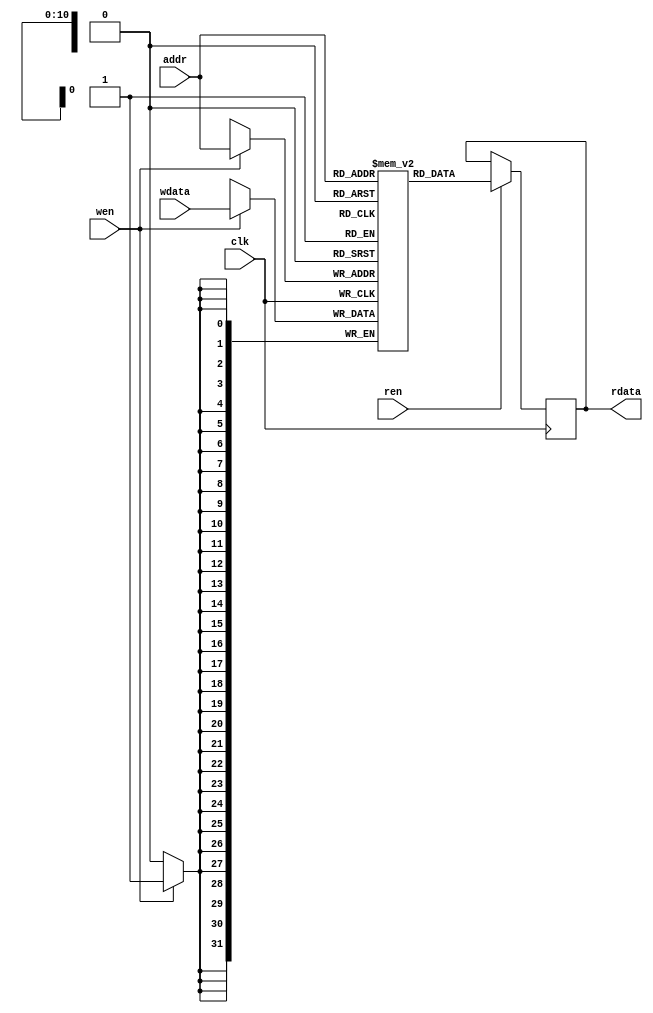
/**********************************************************************
 * DO WHAT THE FUCK YOU WANT TO AND DON'T BLAME US PUBLIC LICENSE     *
 *                    Version 3, April 2008                           *
 *                                                                    *
 * Copyright (C) 2018 Luke Wren                                       *
 *                                                                    *
 * Everyone is permitted to copy and distribute verbatim or modified  *
 * copies of this license document and accompanying software, and     *
 * changing either is allowed.                                        *
 *                                                                    *
 *   TERMS AND CONDITIONS FOR COPYING, DISTRIBUTION AND MODIFICATION  *
 *                                                                    *
 * 0. You just DO WHAT THE FUCK YOU WANT TO.                          *
 * 1. We're NOT RESPONSIBLE WHEN IT DOESN'T FUCKING WORK.             *
 *                                                                    *
 *********************************************************************/

// Generate a (hopefully inference-compatible) memory with synchronous
// read/write, and optional per-byte write enable

module sram_sync #(
	parameter WIDTH = 32,
	parameter DEPTH = 1 << 11,
	parameter BYTE_ENABLE = 0,
	parameter PRELOAD_FILE = "",
	parameter ADDR_WIDTH = $clog2(DEPTH) // Let this default
) (
	input wire                                     clk,
	input wire [(BYTE_ENABLE ? WIDTH / 8 : 1)-1:0] wen,
	input wire                                     ren,
	input wire [ADDR_WIDTH-1:0]                    addr,
	input wire [WIDTH-1:0]                         wdata,
	output reg [WIDTH-1:0]                         rdata
);

`ifdef FPGA_ICE40
localparam FPGA_ICE40_DEFINED = 1;
`else
localparam FPGA_ICE40_DEFINED = 0;
`endif

`ifdef SIM
localparam SIM_DEFINED = 1;
`else
localparam SIM_DEFINED = 0;
`endif

generate
if (FPGA_ICE40_DEFINED && WIDTH == 32 && DEPTH == 1 << 15) begin: up5k_spram
// Special case: use all SPRAMs on UP5k

wire [31:0] rdata0;
wire [31:0] rdata1;

SB_SPRAM256KA ram00 (
	.ADDRESS    (addr[13:0]),
	.DATAIN     (wdata[15:0]),
	.MASKWREN   ({wen[1], wen[1], wen[0], wen[0]}),
	.WREN       (wen[1] || wen[0]),
	.CHIPSELECT ((wen[1] || wen[0] || ren) && !addr[14]),
	.CLOCK      (clk),
	.STANDBY    (1'b0),
	.SLEEP      (1'b0),
	.POWEROFF   (1'b1),
	.DATAOUT    (rdata0[15:0])
);

SB_SPRAM256KA ram01 (
	.ADDRESS    (addr[13:0]),
	.DATAIN     (wdata[31:16]),
	.MASKWREN   ({wen[3], wen[3], wen[2], wen[2]}),
	.WREN       (wen[3] || wen[2]),
	.CHIPSELECT ((wen[3] || wen[2] || ren) && !addr[14]),
	.CLOCK      (clk),
	.STANDBY    (1'b0),
	.SLEEP      (1'b0),
	.POWEROFF   (1'b1),
	.DATAOUT    (rdata0[31:16])
);

SB_SPRAM256KA ram10 (
	.ADDRESS    (addr[13:0]),
	.DATAIN     (wdata[15:0]),
	.MASKWREN   ({wen[1], wen[1], wen[0], wen[0]}),
	.WREN       (wen[1] || wen[0]),
	.CHIPSELECT ((wen[1] || wen[0] || ren) && addr[14]),
	.CLOCK      (clk),
	.STANDBY    (1'b0),
	.SLEEP      (1'b0),
	.POWEROFF   (1'b1),
	.DATAOUT    (rdata1[15:0])
);

SB_SPRAM256KA ram11 (
	.ADDRESS    (addr[13:0]),
	.DATAIN     (wdata[31:16]),
	.MASKWREN   ({wen[3], wen[3], wen[2], wen[2]}),
	.WREN       (wen[3] || wen[2]),
	.CHIPSELECT ((wen[3] || wen[2] || ren) && addr[14]),
	.CLOCK      (clk),
	.STANDBY    (1'b0),
	.SLEEP      (1'b0),
	.POWEROFF   (1'b1),
	.DATAOUT    (rdata1[31:16])
);

reg chipselect_prev;
always @ (posedge clk)
	if (|wen || ren)
		chipselect_prev <= addr[14];

always @ (*) rdata = chipselect_prev ? rdata1 : rdata0;

end else begin: behav_mem
// Behavioural model, but Yosys does a great job of this on ECP5 and iCE40.

genvar i;

reg [WIDTH-1:0] mem [0:DEPTH-1];

if (PRELOAD_FILE != "" || SIM_DEFINED) begin: preload
	initial begin: preload_initial
		`ifdef SIM
			integer n;
			for (n = 0; n < DEPTH; n = n + 1)
				mem[n] = {WIDTH{1'b0}};
		`endif
		if (PRELOAD_FILE != "")
			$readmemh(PRELOAD_FILE, mem);
	end
end


if (BYTE_ENABLE) begin: has_byte_enable
	for (i = 0; i < WIDTH / 8; i = i + 1) begin: byte_mem
		always @ (posedge clk) begin
			if (wen[i])
				mem[addr][8 * i +: 8] <= wdata[8 * i +: 8];
			if (ren)
				rdata[8 * i +: 8] <= mem[addr][8 * i +: 8];
		end
	end
end else begin: no_byte_enable
	always @ (posedge clk) begin
		if (wen)
			mem[addr] <= wdata;
		if (ren)
			rdata <= mem[addr];
	end
end

end
endgenerate

endmodule